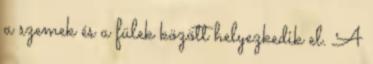
a szemek és a fülek között helyezkedik el. A